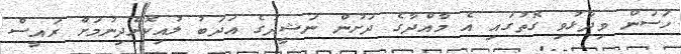
ހަސަން ވިދާޅުވި ގޮތުގައި އެ މާއްދާގެ ދަށުން ނަޝީދުގެ އަދަބު ލުއިކޮށްދިނުމަށް ރައީސް